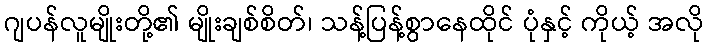
ဂျပန်လူမျိုးတို့၏ မျိုးချစ်စိတ်၊ သန့်ပြန့်စွာနေထိုင် ပုံနှင့် ကိုယ့် အလို